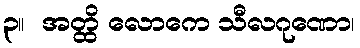
၃။  အတ္ထိ လောကေ သီလဂုဏော၊